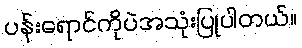
ပန်းရောင်ကိုပဲအသုံးပြုပါတယ်။